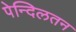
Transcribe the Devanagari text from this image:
पेन्दिलतन